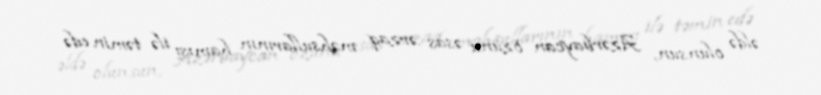
əldə olunsun, Azərbaycan özünü əsas ərzaq məhsullarının hamısı ilə təmin edə